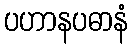
ပဟာနပဓာနံ